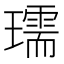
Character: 瓀